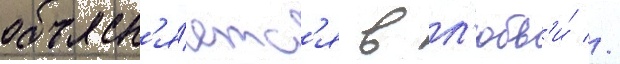
объясн'я́етс'я в л'юбв'и́ //